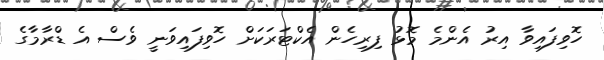
ހޮވިފައިވާ އިރު އެންމެ މޮޅު ފިރިހެން އެކްޓަރަކަށް ހޮވިފައިވަނީ ވެސް އެ ޑްރާމާގެ